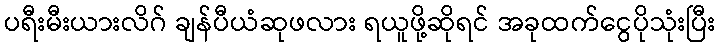
ပရီးမီးယားလိဂ် ချန်ပီယံဆုဖလား ရယူဖို့ဆိုရင် အခုထက်ငွေပိုသုံးပြီး